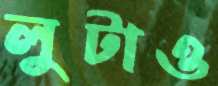
লুটাও